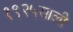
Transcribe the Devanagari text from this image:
१९२५साली